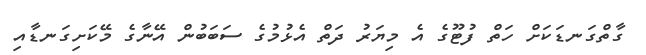
ގާތްގަނޑަކަށް ހަތް ފުޓޫގެ އެ މިޔަރު ދަތް އެޅުމުގެ ސަަބަބުން އޭނާގެ މޭކަށިގަނޑާއި